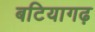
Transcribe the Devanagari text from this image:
बटियागढ़